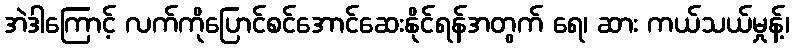
အဲဒါကြောင့် လက်ကိုပြောင်စင်အောင်ဆေးနိုင်ရန်အတွက် ရေ၊ ဆား ကယ်သယ်မှုန့်၊